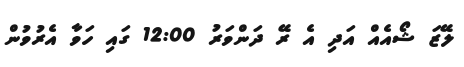
ލޭޒަ ޝޯއެއް އަދި އެ ރޭ ދަންވަރު 12:00 ގައި ހަވާ އެރުވުން